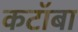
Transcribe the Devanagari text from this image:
कटॉबा